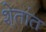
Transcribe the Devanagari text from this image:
शे्तांत